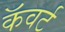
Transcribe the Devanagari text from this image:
कॅवर्ट